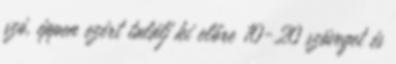
szó, éppen ezért találj ki előre 10-20 szöveget és